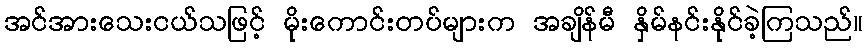
အင်အားသေးငယ်သဖြင့် မိုးကောင်းတပ်များက အချိန်မီ နှိမ်နင်းနိုင်ခဲ့ကြသည်။